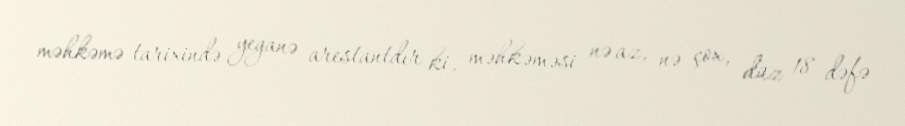
məhkəmə tarixində yeganə arestantdır ki, məhkəməsi nə az, nə çox, düz 18 dəfə